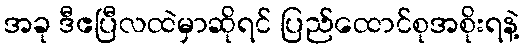
အခု ဒီဧပြီလထဲမှာဆိုရင် ပြည်ထောင်စုအစိုးရနဲ့